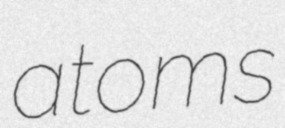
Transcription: atoms